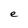
Character: e